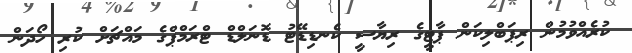
ކުރެއްވުމުން ރިޕަބްލިކަން ޕާޓީގެ ރިޔާސީ ކެނޑިޑޭޓު ޑޮނަލްޑް ޓްރަމްޕްގެ މައްޗަށް ކުރި ހޯދަން